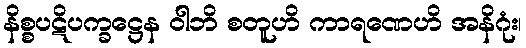
နိစ္စပဋိပက္ခဋ္ဌေန ဝါဘိ စတူဟိ ကာရဏေဟိ အနိဂုံး၊